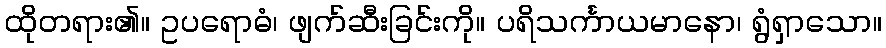
ထိုတရား၏။ ဥပရောဓံ၊ ဖျက်ဆီးခြင်းကို။ ပရိသင်္ကာယမာနော၊ ရွံရှာသော။